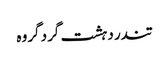
تندر دہشت گرد گروہ